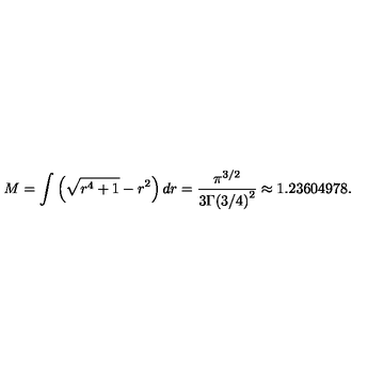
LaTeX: M = \int \left( \sqrt { r ^ { 4 } + 1 } - r ^ { 2 } \right) d r = \frac { \pi ^ { 3 / 2 } } { 3 { \Gamma ( 3 / 4 ) } ^ { 2 } } \approx 1 . 2 3 6 0 4 9 7 8 .